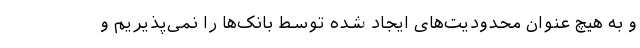
و به هیچ عنوان محدودیت‌های ایجاد شده توسط بانک‌ها را نمی‌پذیریم و